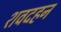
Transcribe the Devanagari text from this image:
शवदहन